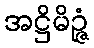
အဋ္ဌိမိဉ္ဇံ